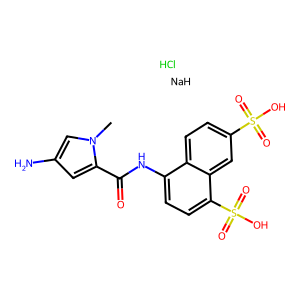
SMILES: Cl.Cn1cc(N)cc1C(=O)Nc1ccc(S(=O)(=O)O)c2cc(S(=O)(=O)O)ccc12.[NaH]
Inhibits HIV replication: No